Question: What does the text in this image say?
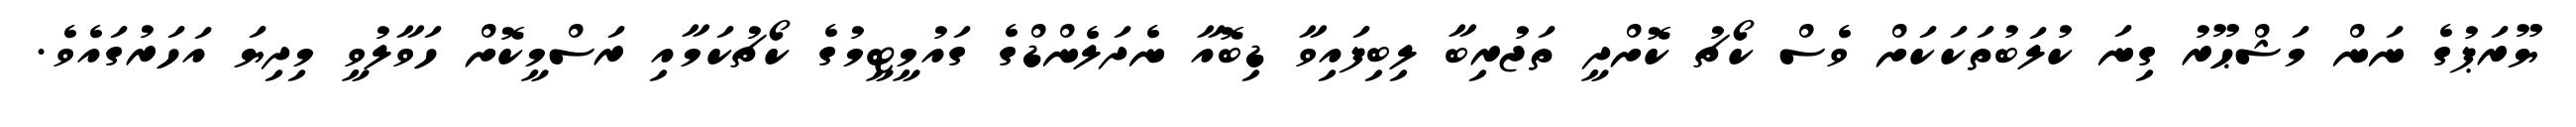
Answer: ޔޫރަޕުގެ ނަން މަޝްޙޫރު ގިނަ ކުލަބުތަކަކަށް ވެސް ކޯޗު ކޮށްދީ ތަޖުރިބާ ލިބިފައިވާ ޑިބޮއާ ނެދަލެންޑްގެ ގައުމީޓީމުގެ ކޯޗުކަމާއި ރަސްމީކޮށް ހަވާލުވީ މިދިޔަ އަހަރުގައެވެ.